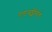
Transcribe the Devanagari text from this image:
एडवर्ड्सविले